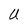
Character: U